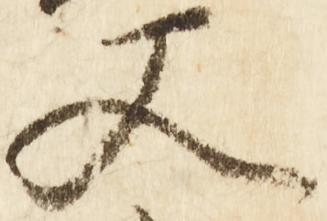
又